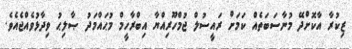
ޒިކުރާ އާކޮށްދޭ މުނާސަބަތެއް ކަމަށް ރައީސުލް ޖުމްހޫރިއްޔާ އިބްރާހީމް މުޙައްމަދު ޞާލިޙު ވިދާޅުވެއްޖެއެވެ.